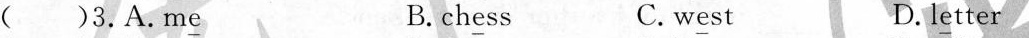
( )3.A.m\underline{e} B.ch\underline{e}ss C.w\underline{e}st D.l\underline{e}tter